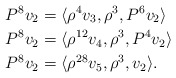
\begin{align*}P^8 v_2 & = \langle \rho^4 v_3, \rho^3, P^6 v_2 \rangle \\P^8 v_2 & = \langle \rho^{12} v_4, \rho^3, P^4 v_2 \rangle \\P^8 v_2 & = \langle \rho^{28} v_5, \rho^3, v_2 \rangle.\end{align*}